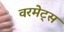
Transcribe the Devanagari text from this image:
वरमेट्स